65_HS1-834228961_62-HQ-83894_Section_8
Agency: FBI
Page 149
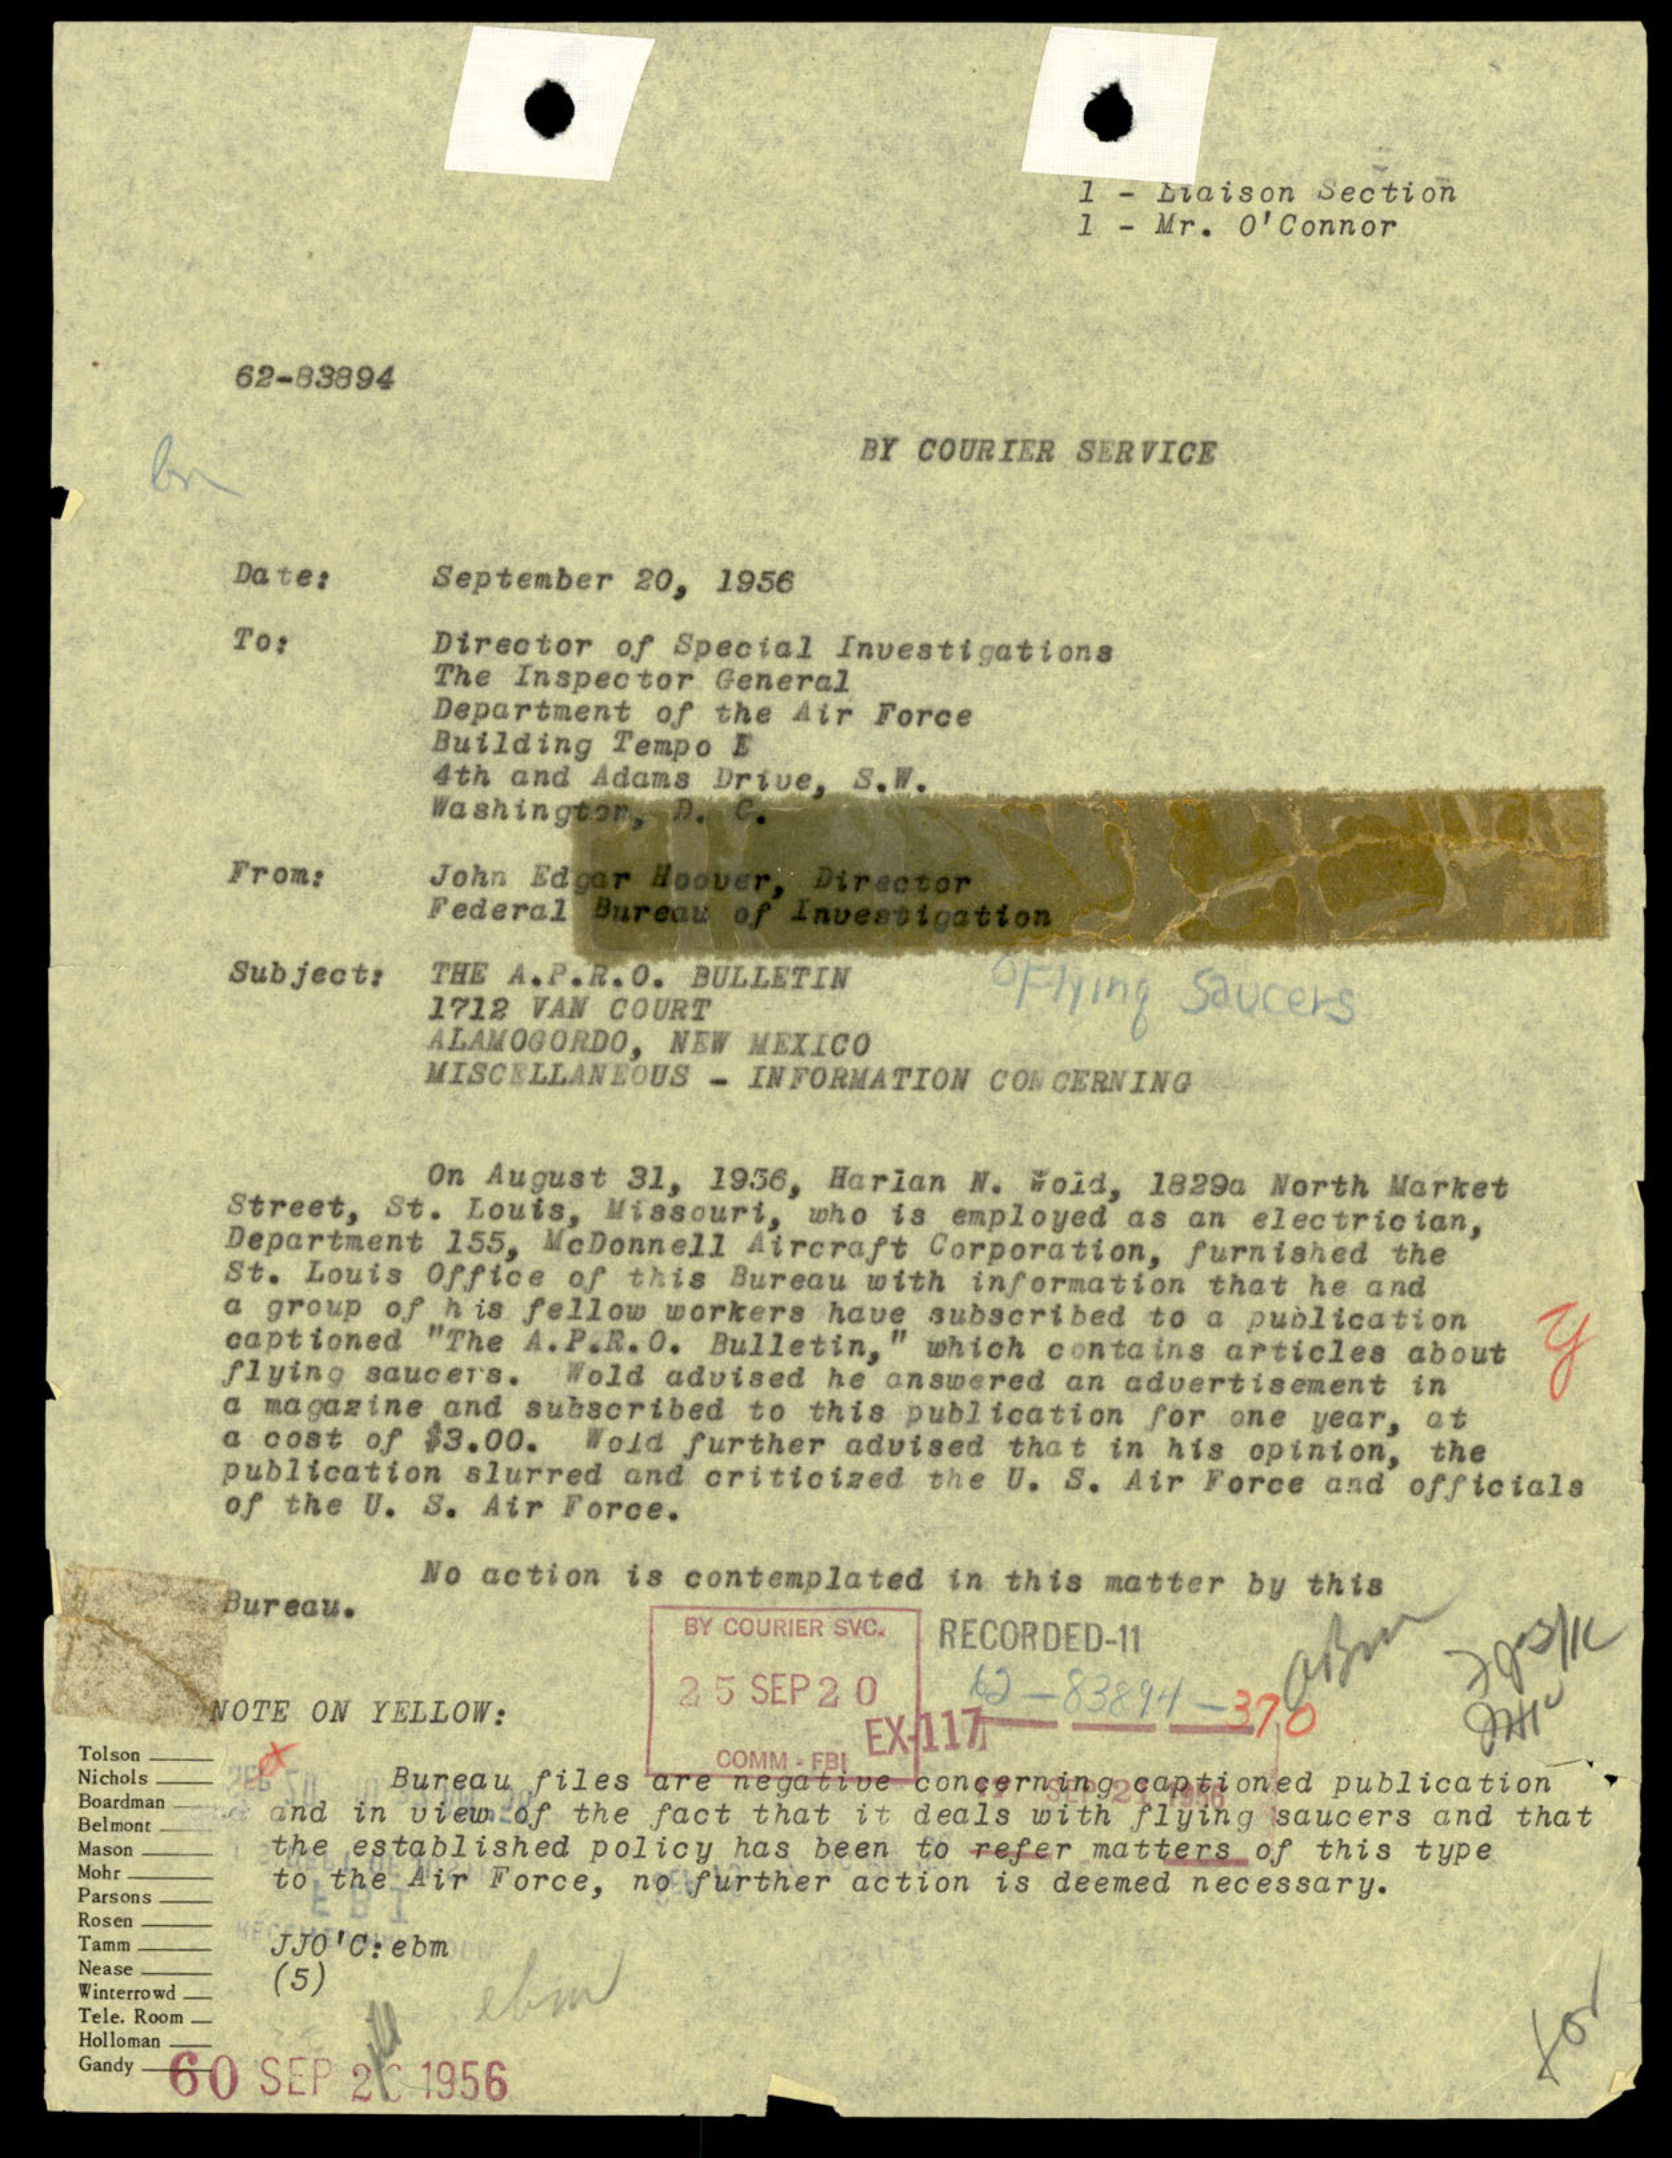